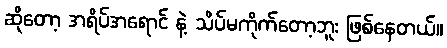
ဆိုတော့ အရိပ်အရောင် နဲ့ သိပ်မကိုက်တော့ဘူး ဖြစ်နေတယ်။